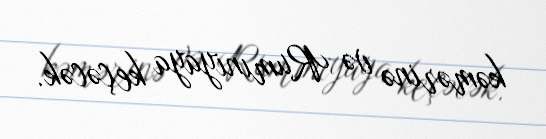
kəmərinə və Rumıniyaya keçəcək.